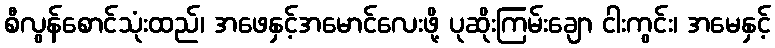
စီလွန်စောင်သုံးထည်၊ အဖေနှင့်အမောင်လေးဖို့ ပုဆိုးကြမ်းချော ငါးကွင်း၊ အမေနှင့်